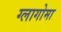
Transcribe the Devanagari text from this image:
ग्लागोमा